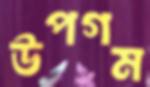
উপগম